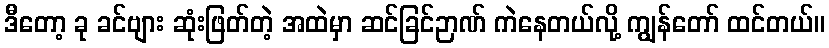
ဒီတော့ ခု ခင်ဗျား ဆုံးဖြတ်တဲ့ အထဲမှာ ဆင်ခြင်ဉာဏ် ကဲနေတယ်လို့ ကျွန်တော် ထင်တယ်။